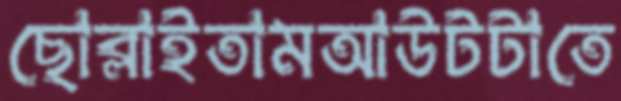
ছোব্‌লাইতামআউটটাতে